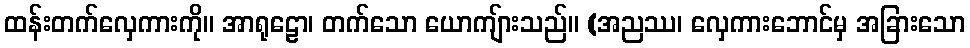
ထန်းတက်လှေကားကို။ အာရုဠော၊ တက်သော ယောကျ်ားသည်။ (အညဿ၊ လှေကားဘောင်မှ အခြားသော